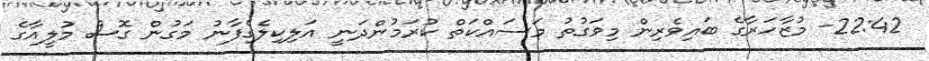
22:42- މުޒާހަރާގެ ބައިވެރިން މިވަގުތު މަސައްކަތް ކުރަމުންދަނީ އަލިކިލެގެފާނު މަގުން ގޮސް މުލީއާގެ